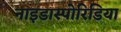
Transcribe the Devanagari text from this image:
नाइडास्पोरिडिया